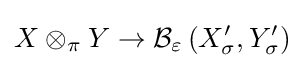
X\otimes _{\pi }Y\to {\mathcal {B}}_{\varepsilon }\left(X_{\sigma }^{\prime },Y_{\sigma }^{\prime }\right)